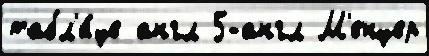
табл'и́це англ 5-англ М'енцер